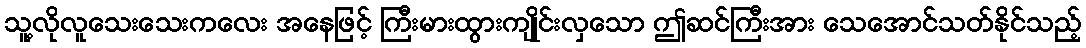
သူ့လိုလူသေးသေးကလေး အနေဖြင့် ကြီးမားထွားကျိုင်းလှသော ဤဆင်ကြီးအား သေအောင်သတ်နိုင်သည့်